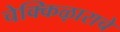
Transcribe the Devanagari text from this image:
चेक्किऴाराचे